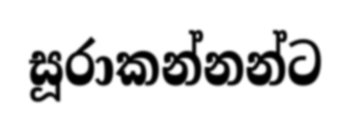
සූරාකන්නන්ට